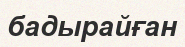
бадырайған